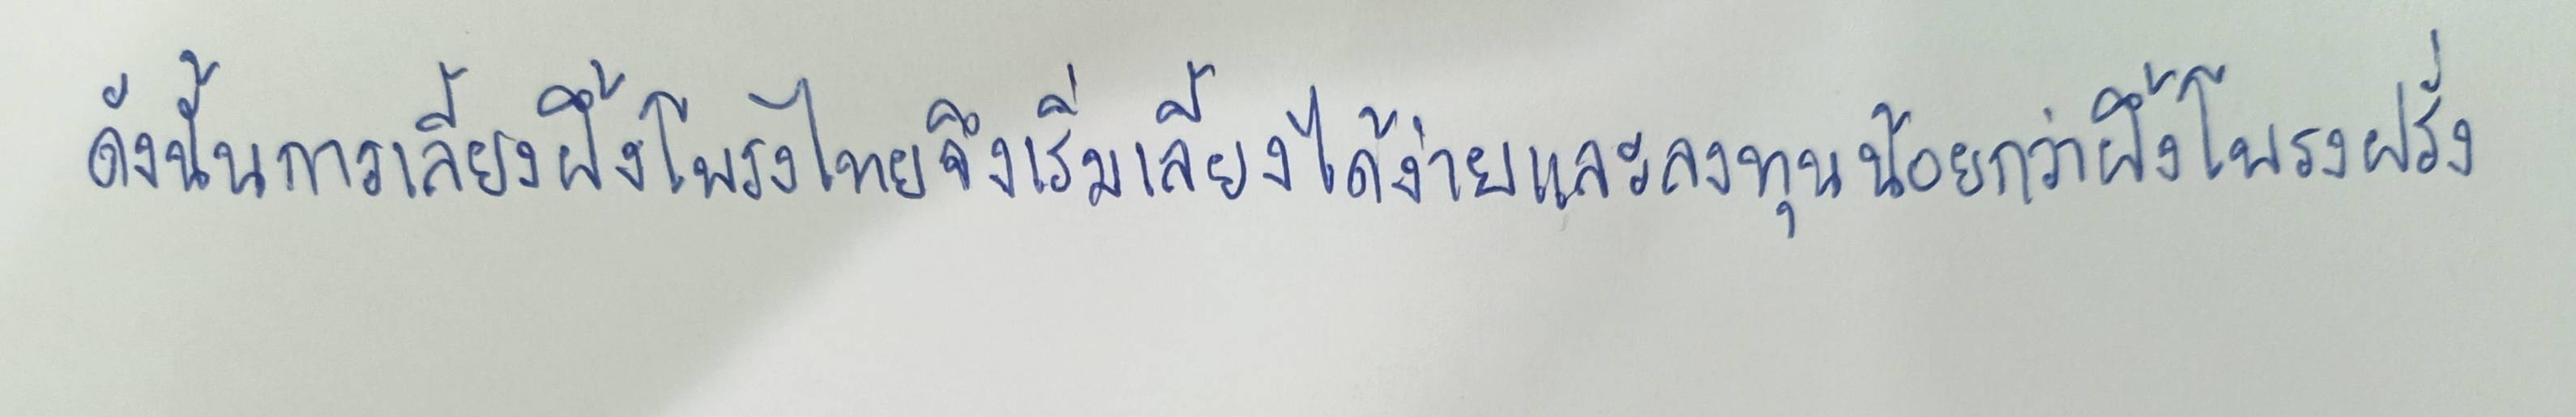
ดังนั้นการเลี้ยงผึ้งโพรงไทยจึงเริ่มเลี้ยงได้ง่ายและลงทุนน้อยกว่าผึ้งโพรงฝรั่ง